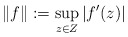
\begin{align*} \|f\| := \sup_{z\in Z}|f'(z)|\end{align*}